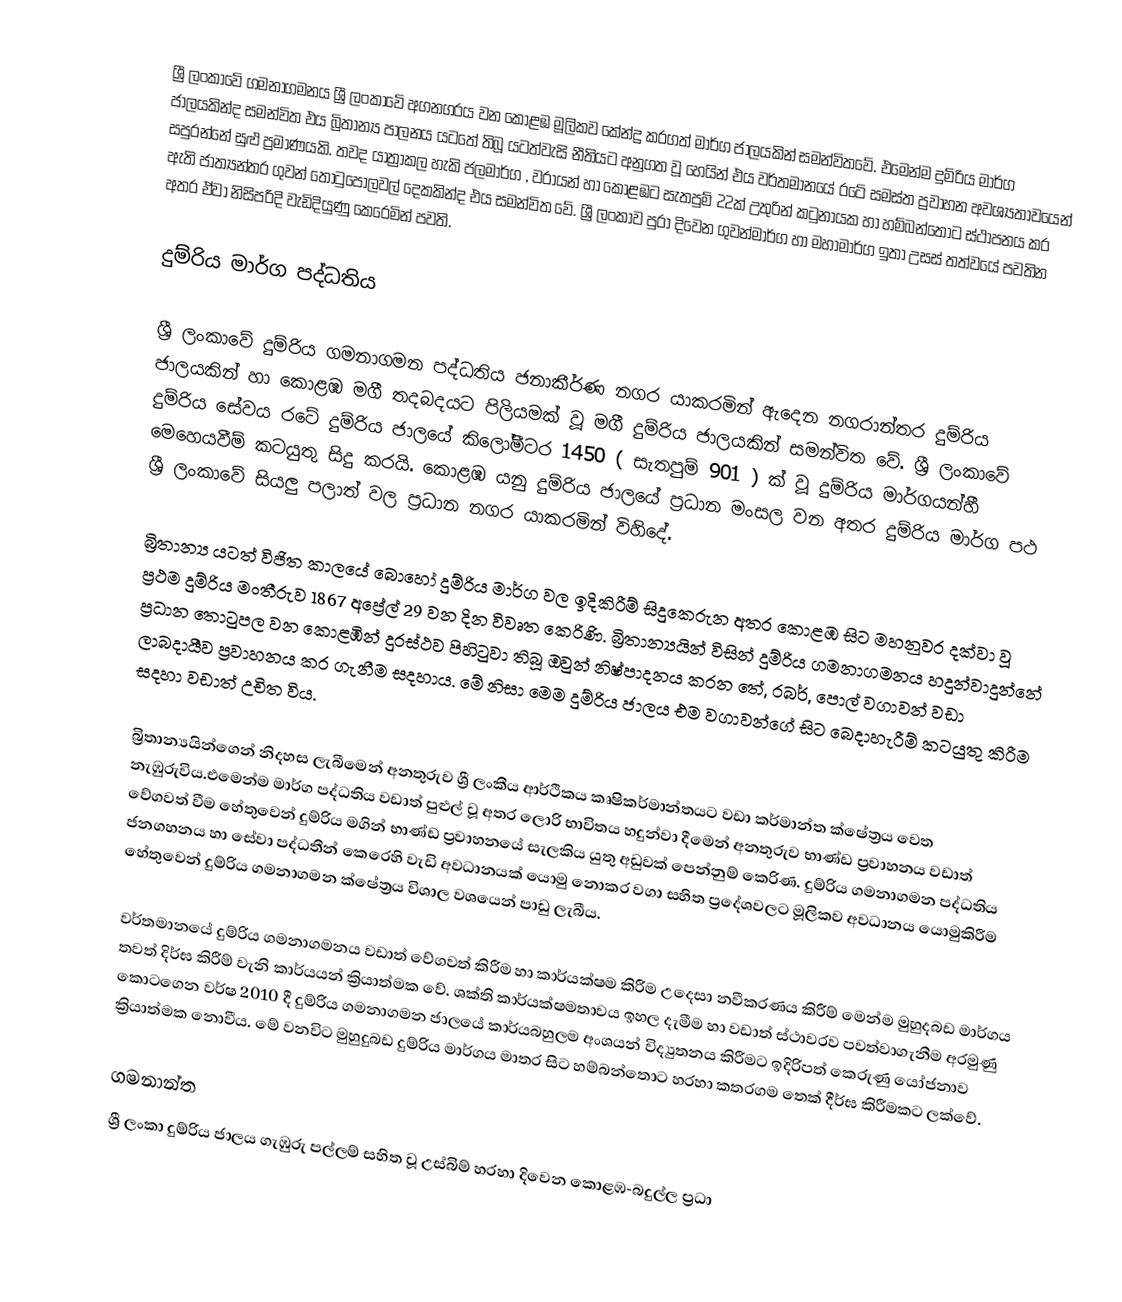
ශ්‍රී ලංකාවේ ගමනාගමනය ශ්‍රී ලංකාවේ අගනගරය වන කොළඹ මූලිකව කේන්ද්‍ර කරගත් මාර්ග ජාලයකින් සමන්විතවේ. එමෙන්ම දුම්රිය මාර්ග ජාලයකින්ද සමන්විත එය බ්‍රිතාන්‍ය පාලනය යටතේ තිබූ යටත්වැසි නීතියට අනුගත වූ හෙයින් එය වර්තමානයේ රටේ සමස්ත ප්‍රවාහන අවශ්‍යතාවයෙන් සපුරන්නේ සුළු ප්‍රමාණයකි. තවද යාත්‍රාකල හැකි ජලමාර්ග , වරායන් හා කොළඹට සැතපුම් 22ක් උතුරින් කටුනායක හා හම්බන්තොට ස්ථාපනය කර ඇති ජාත්‍යන්තර ගුවන් තොටුපොලවල් දෙකකින්ද එය සමන්විත වේ. ශ්‍රී ලංකාව පුරා දිවෙන ගුවන්මාර්ග හා මහාමාර්ග ඉතා උසස් තත්වයේ පවතින අතර ඒවා නිසිපරිදි වැඩිදියුණු කෙරෙමින් පවති.

දුම්රිය මාර්ග පද්ධතිය

ශ්‍රී ලංකාවේ දුම්රිය ගමනාගමන පද්ධතිය ජනාකීර්ණ නගර යාකරමින් ඇදෙන නගරාන්තර දුම්රිය ජාලයකින් හා කොළඹ මගී තදබදයට පිලියමක් වූ මගී දුම්රිය ජාලයකින් සමන්විත වේ. ශ්‍රී ලංකාවේ දුම්රිය සේවය රටේ දුම්රිය ජාලයේ කිලෝමීටර 1450 ( සැතපුම් 901 ) ක් වූ දුම්රිය මාර්ගයන්හී මෙහෙයවීම් කටයුතු සිදු කරයි.  කොළඹ යනු දුම්රිය ජාලයේ ප්‍රධාන මංසල වන අතර දුම්රිය මාර්ග පථ ශ්‍රී ලංකාවේ සියලු පලාත් වල ප්‍රධාන නගර යාකරමින් විහිදේ.

බ්‍රිතාන්‍ය යටත් විජිත කාලයේ බොහෝ දුම්රිය මාර්ග වල ඉදිකිරීම් සිදුකෙරුන අතර කොළඹ සිට මහනුවර දක්වා වූ ප්‍රථම දුම්රිය මංතීරුව 1867 අප්‍රේල් 29 වන දින විවෘත කෙරිණි. බ්‍රිතාන්‍යයින් විසින් දුම්රිය ගමනාගමනය හදුන්වාදුන්නේ ප්‍රධාන තොටුපල වන කොළඹින් දුරස්ථව පිහිටුවා තිබූ ඔවුන් නිෂ්පාදනය කරන තේ, රබර්, පොල් වගාවන් වඩා ලාබදායීව ප්‍රවාහනය කර ගැනීම සදහාය. මේ නිසා මෙම දුම්රිය ජාලය එම වගාවන්ගේ සිට බෙදාහැරීම් කටයුතු කිරීම සදහා වඩාත් උචිත විය.

බ්‍රිතාන්‍යයින්ගෙන් නිදහස ලැබීමෙන් අනතුරුව ශ්‍රී ලංකීය ආර්ථිකය කෘෂිකර්මාන්තයට වඩා කර්මාන්ත ක්ෂේත්‍රය වෙත නැඹුරුවිය.එමෙන්ම මාර්ග පද්ධතිය වඩාත් පුළුල් වූ අතර ලොරි භාවිතය හදුන්වා දීමෙන් අනතුරුව භාණ්ඩ ප්‍රවාහනය වඩාත් වේගවත් වීම හේතුවෙන් දුම්රිය මගින් භාණ්ඩ ප්‍රවාහනයේ සැලකිය යුතු අඩුවක් පෙන්නුම් කෙරිණ. දුම්රිය ගමනාගමන පද්ධතිය ජනගහනය හා සේවා පද්ධතීන් කෙරෙහි වැඩි අවධානයක් යොමු නොකර වගා සහිත ප්‍රදේශවලට මූලිකව අවධානය යොමුකිරීම හේතුවෙන් දුම්රිය ගමනාගමන ක්ෂේත්‍රය විශාල වශයෙන් පාඩු ලැබීය.

වර්තමානයේ දුම්රිය ගමනාගමනය වඩාත් වේගවත් කිරීම හා කාර්යක්ෂම කිරීම උදෙසා නවීකරණය කිරීම් මෙන්ම මුහුදබඩ මාර්ගය තවත් දිර්ඝ කිරීම් වැනි කාර්යයන් ක්‍රියාත්මක වේ. ශක්ති කාර්යක්ෂමතාවය ඉහල දැමීම හා වඩාත් ස්ථාවරව පවත්වාගැනීම අරමුණු කොටගෙන වර්ෂ 2010 දී දුම්රිය ගමනාගමන ජාලයේ කාර්යබහුලම අංශයන්  විද්‍යුතනය කිරීමට ඉදිරිපත් කෙරුණු යෝජනාව ක්‍රියාත්මක නොවීය. මේ වනවිට මුහුදුබඩ දුම්රිය මාර්ගය මාතර සිට හම්බන්තොට හරහා කතරගම තෙක් දීර්ඝ කිරීමකට ලක්වේ.

ගමනාන්ත
ශ්‍රී ලංකා දුම්රිය ජාලය ගැඹුරු පල්ලම් සහිත වූ උස්බිම් හරහා දිවෙන කොළඹ-බදුල්ල ප්‍රධා